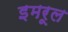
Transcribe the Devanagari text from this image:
इमरूल